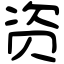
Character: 资